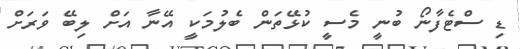
ޑި ސްޓެފާނޯ ބުނީ މެސީ ކުޅޭތަން ބެލުމަކީ އޭނާ އަށް ލިބޭ ވަރަށް